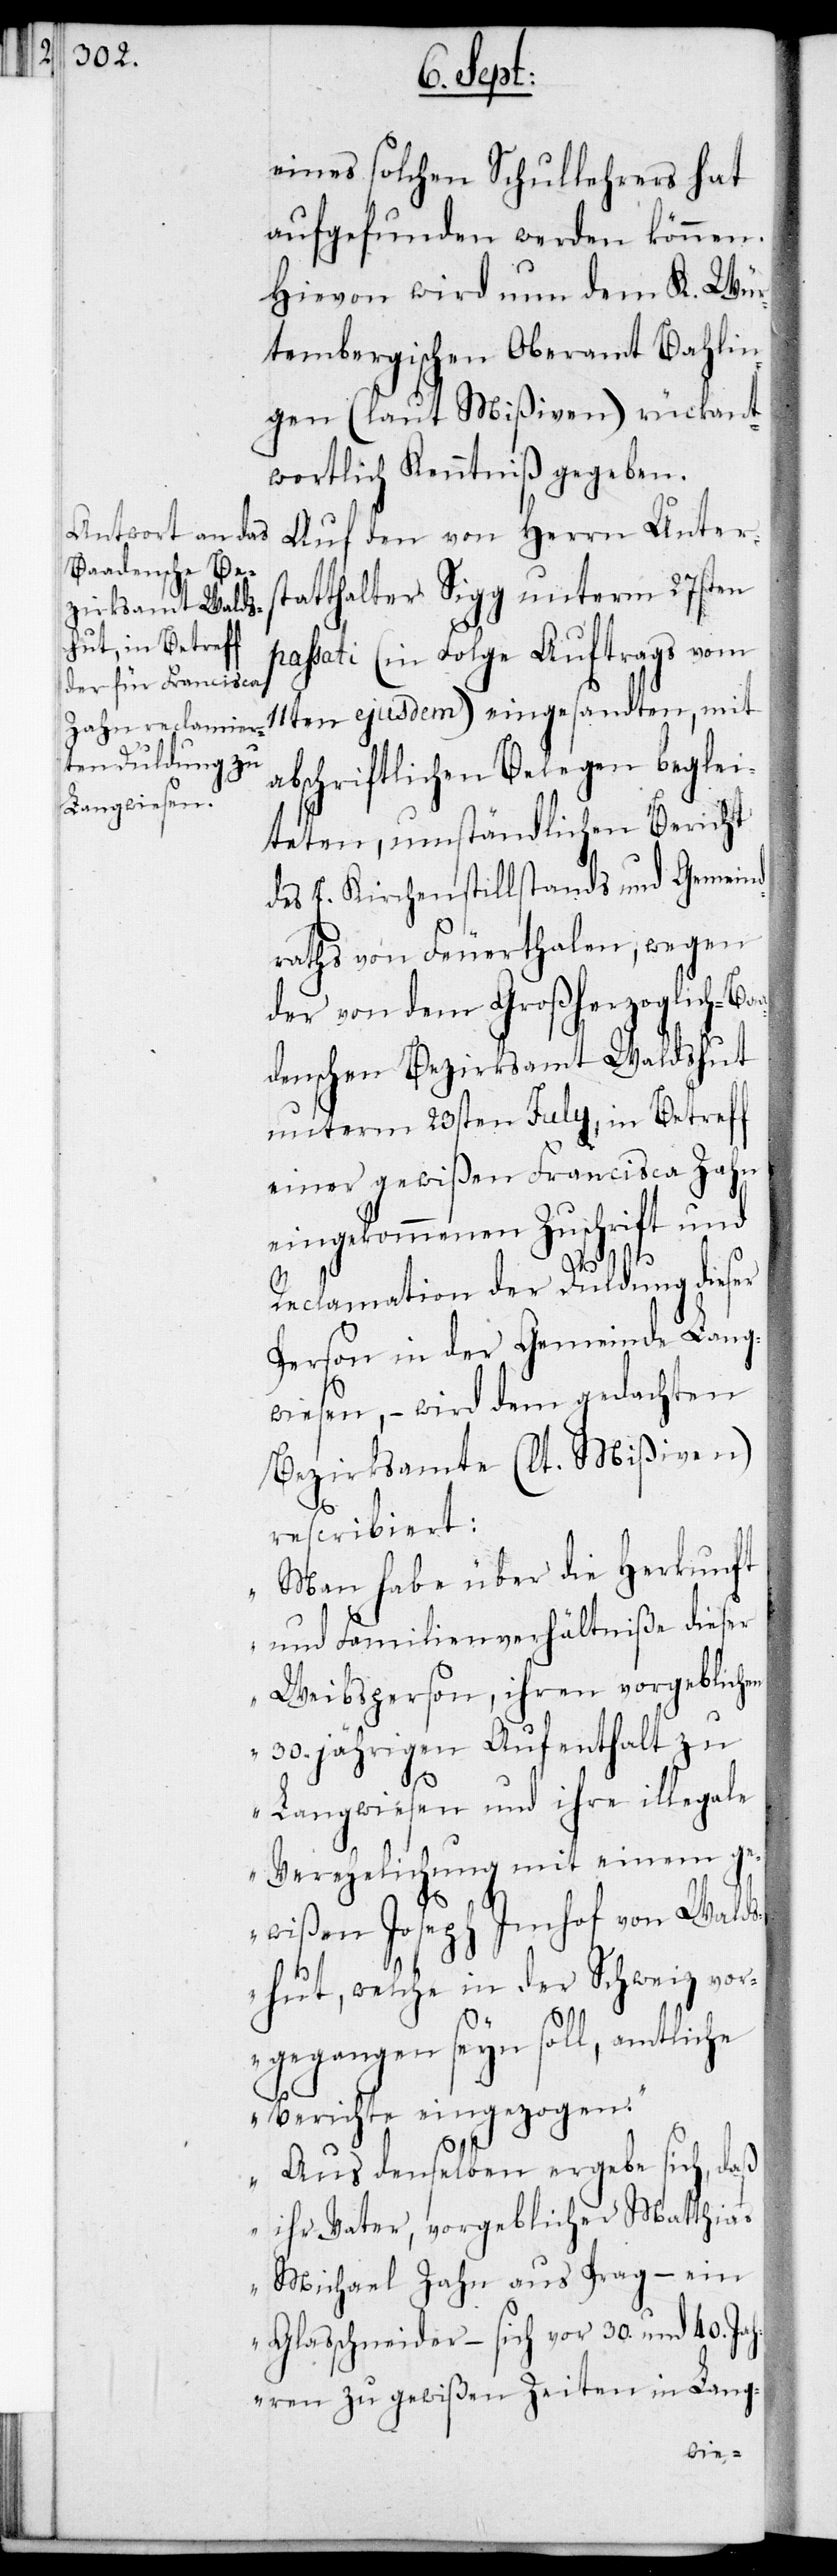
eines solchen Schullehrers hat
aufgefunden werden können.
Hievon wird nun dem K. Wür¬
ttembergischen Oberamt Bahlin¬
gen (laut Mißiven) rückant¬
wortlich Kenntniß gegeben.
Auf den von Herrn Unters¬
tatthalter Sigg unterm 27sten
passati (in Folge Auftrags vom
11ten ejusdem) eingesandten, mit
abschriftlichen Belegen beglei¬
teten, umständlichen Bericht
des E. Kirchenstillstandes und Gemein¬
draths von Feuerthalen, wegen
der von dem Großherzoglich-Ba¬
adischen Bezirksamt Waldshut
unterm 23sten July, in Betreff
einer gewißen Francisca Zahn
eingekommenen Zuschrift und
Reclamation der Duldung dieser
Person in der Gemeinde Lang¬
wiesen, – wird dem gedachten
Bezirksamte (lt. Mißiven)
rescribiert:
„Man habe über die Herkunft
und Familienverhältniße dieser
Weibsperson, ihren vorgeblichen
30. jährigen Aufenthalt zu
Langwiesen und ihre illegale
Verehelichung mit einem g¬
ewißen Joseph Imhof von Walds¬
hut, welche in der Schweiz vor¬
gegangen seyn soll, amtliche
Berichte eingezogen.
Aus denselben ergebe sich, daß
ihr Vater, vorgeblicher Matthias
Michael Zahn aus Prag – ein
Glasschneider – sich vor 30. und 40. Jah¬
ren zu gewißen Zeiten in Lang-